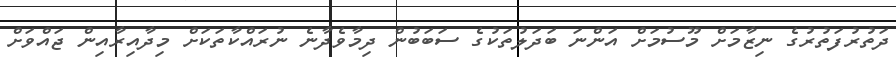
ދަތުރުފަތުރުގެ ނިޒާމަށް މޫސުމަށް އަންނަ ބަދަލުތަކުގެ ސަބަބުން ދިމާވެދާނެ ނުރައްކާތަކަށް މިދާއިރާއިން ޖައްވަށް